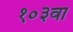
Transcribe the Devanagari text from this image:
१०३वा